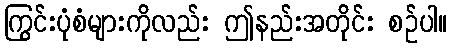
ကြွင်းပုံစံများကိုလည်း ဤနည်းအတိုင်း စဉ်ပါ။